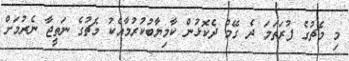
މި މެޗުގެ ފުރަތަމަ ދެ ގޭމް ދެކޮޅުން ކާމިޔާބުކުރުމާއެކު މެޗުގެ ނަތީޖާ ނެރުމަށް